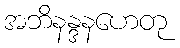
အဘိနန္ဒနဟေတု